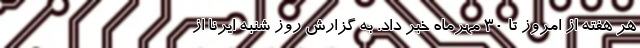
هر هفته از امروز تا ۳۰ مهرماه خبر داد. به گزارش روز شنبه ایرنا از